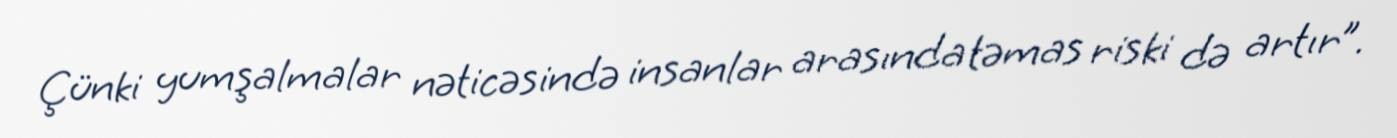
Çünki yumşalmalar nəticəsində insanlar arasında təmas riski də artır”.